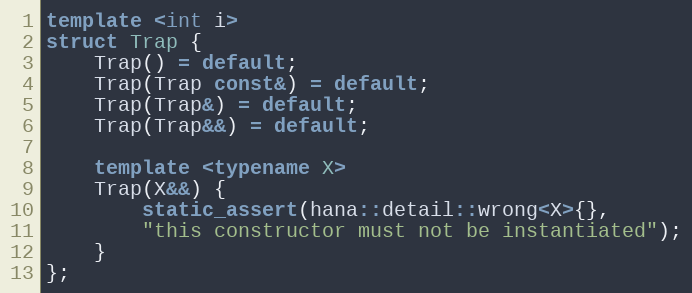
Language: C++
template <int i>
struct Trap {
    Trap() = default;
    Trap(Trap const&) = default;
    Trap(Trap&) = default;
    Trap(Trap&&) = default;

    template <typename X>
    Trap(X&&) {
        static_assert(hana::detail::wrong<X>{},
        "this constructor must not be instantiated");
    }
};